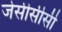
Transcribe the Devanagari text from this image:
जेसीसीसी